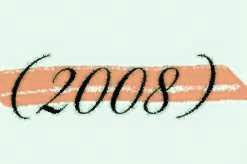
(2008)